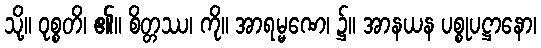
သို့။ ဝုစ္စတိ၊ ၏။ စိတ္တဿ၊ ကို။ အာရမ္မဏေ၊ ၌။ အာနယန ပစ္စုပဋ္ဌာနော၊